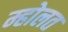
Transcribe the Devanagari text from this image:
म्होलत